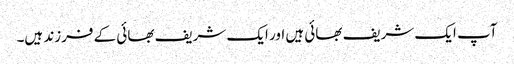
آپ ایک شریف بھائی ہیں اور ایک شریف بھائی کے فرزند ہیں۔